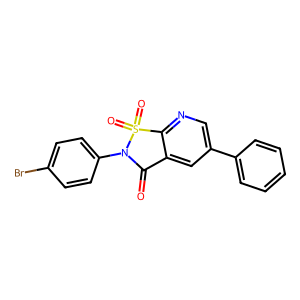
SMILES: O=C1c2cc(-c3ccccc3)cnc2S(=O)(=O)N1c1ccc(Br)cc1
Inhibits HIV replication: No